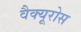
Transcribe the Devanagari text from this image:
वैक्यूरोस